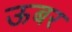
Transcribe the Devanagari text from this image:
ऊबर